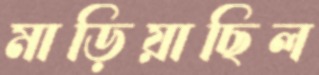
মাড়িয়াছিল